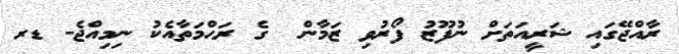
ރާއްޖޭގައި ޝަރީއަތަށް ނުފޫޒު ފޯރުވި ޒަމާން  ގެ ރަޙްމަތާއެކު ނިމިއްޖެ- ޑރ